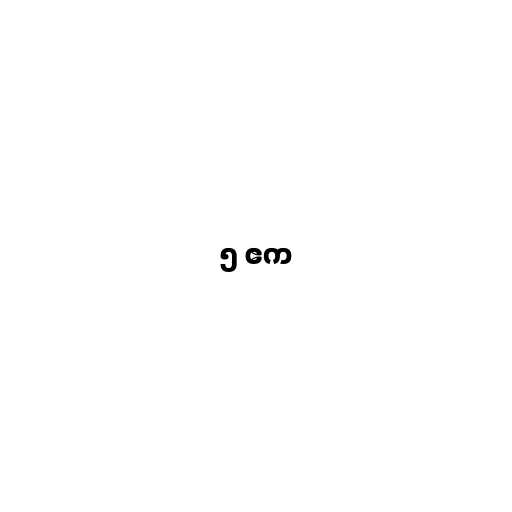
၅ ဧက